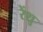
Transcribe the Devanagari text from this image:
रेंशु